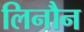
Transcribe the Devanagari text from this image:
लिनौन